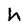
Character: h